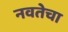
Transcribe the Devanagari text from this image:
नवतेचा